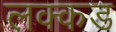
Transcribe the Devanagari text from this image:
लक्कड